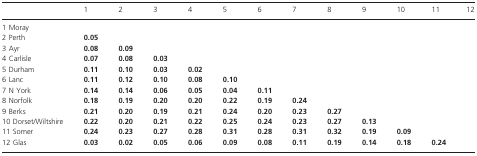
<table><thead><tr><td></td><td><b>1</b></td><td><b>2</b></td><td><b>3</b></td><td><b>4</b></td><td><b>5</b></td><td><b>6</b></td><td><b>7</b></td><td><b>8</b></td><td><b>9</b></td><td><b>10</b></td><td><b>11</b></td><td><b>12</b></td></tr></thead><tbody><tr><td>1 Moray</td><td></td><td></td><td></td><td></td><td></td><td></td><td></td><td></td><td></td><td></td><td></td><td></td></tr><tr><td>2 Perth</td><td><b>0.05</b></td><td></td><td></td><td></td><td></td><td></td><td></td><td></td><td></td><td></td><td></td><td></td></tr><tr><td>3 Ayr</td><td><b>0.08</b></td><td><b>0.09</b></td><td></td><td></td><td></td><td></td><td></td><td></td><td></td><td></td><td></td><td></td></tr><tr><td>4 Carlisle</td><td><b>0.07</b></td><td><b>0.08</b></td><td><b>0.03</b></td><td></td><td></td><td></td><td></td><td></td><td></td><td></td><td></td><td></td></tr><tr><td>5 Durham</td><td><b>0.11</b></td><td><b>0.10</b></td><td><b>0.03</b></td><td><b>0.02</b></td><td></td><td></td><td></td><td></td><td></td><td></td><td></td><td></td></tr><tr><td>6 Lanc</td><td><b>0.11</b></td><td><b>0.12</b></td><td><b>0.10</b></td><td><b>0.08</b></td><td><b>0.10</b></td><td></td><td></td><td></td><td></td><td></td><td></td><td></td></tr><tr><td>7 N York</td><td><b>0.14</b></td><td><b>0.14</b></td><td><b>0.06</b></td><td><b>0.05</b></td><td><b>0.04</b></td><td><b>0.11</b></td><td></td><td></td><td></td><td></td><td></td><td></td></tr><tr><td>8 Norfolk</td><td><b>0.18</b></td><td><b>0.19</b></td><td><b>0.20</b></td><td><b>0.20</b></td><td><b>0.22</b></td><td><b>0.19</b></td><td><b>0.24</b></td><td></td><td></td><td></td><td></td><td></td></tr><tr><td>9 Berks</td><td><b>0.21</b></td><td><b>0.20</b></td><td><b>0.19</b></td><td><b>0.21</b></td><td><b>0.24</b></td><td><b>0.20</b></td><td><b>0.23</b></td><td><b>0.27</b></td><td></td><td></td><td></td><td></td></tr><tr><td>10 Dorset/Wiltshire</td><td><b>0.22</b></td><td><b>0.20</b></td><td><b>0.21</b></td><td><b>0.22</b></td><td><b>0.25</b></td><td><b>0.24</b></td><td><b>0.23</b></td><td><b>0.27</b></td><td><b>0.13</b></td><td></td><td></td><td></td></tr><tr><td>11 Somer</td><td><b>0.24</b></td><td><b>0.23</b></td><td><b>0.27</b></td><td><b>0.28</b></td><td><b>0.31</b></td><td><b>0.28</b></td><td><b>0.31</b></td><td><b>0.32</b></td><td><b>0.19</b></td><td><b>0.09</b></td><td></td><td></td></tr><tr><td>12 Glas</td><td><b>0.03</b></td><td><b>0.02</b></td><td><b>0.05</b></td><td><b>0.06</b></td><td><b>0.09</b></td><td><b>0.08</b></td><td><b>0.11</b></td><td><b>0.19</b></td><td><b>0.14</b></td><td><b>0.18</b></td><td><b>0.24</b></td><td></td></tr></tbody></table>